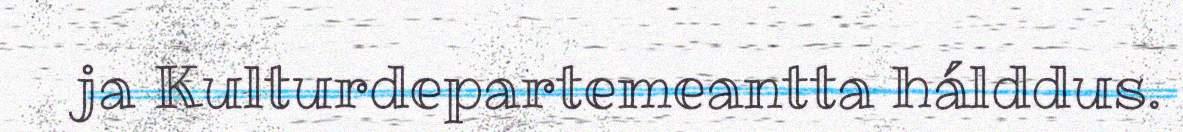
ja Kulturdepartemeantta hálddus.